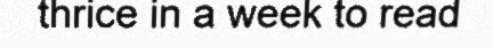
thrice in a week to read